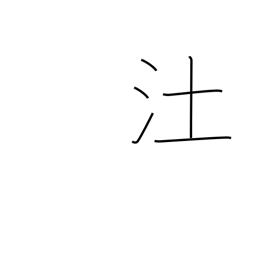
Meaning: marsh